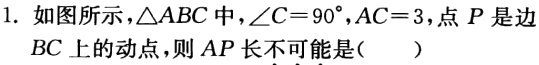
1. 如图所示，$\triangle ABC$中，$\angle C = 90^{\circ}$，$AC = 3$，点$P$是边$BC$上的动点，则$AP$长不可能是（  ）